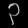
Digit: ၃